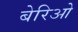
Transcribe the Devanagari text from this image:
बेरिओ